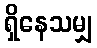
ရှိနေသမျှ